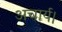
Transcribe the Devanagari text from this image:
अचार्य।